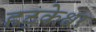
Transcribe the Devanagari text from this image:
हट्केश्वर